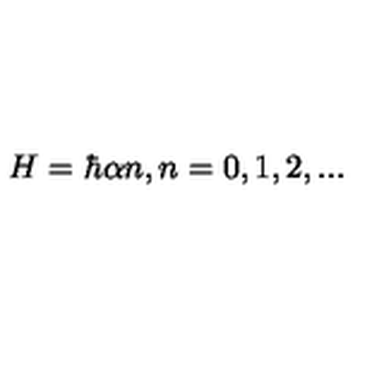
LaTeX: H = \hbar \alpha n , n = 0 , 1 , 2 , . . .